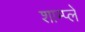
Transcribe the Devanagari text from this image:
शाम्प्लें